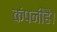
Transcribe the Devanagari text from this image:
कंपनीहै।